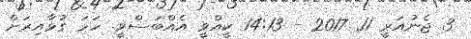
3 ޖެނުއަރީ 11